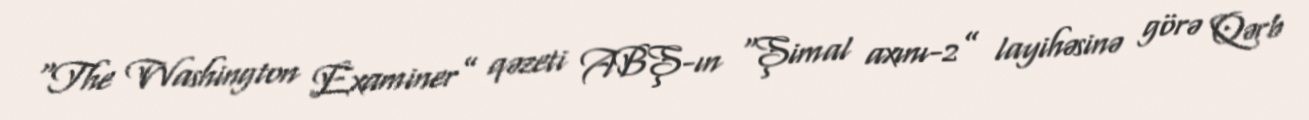
“The Washington Examiner” qəzeti ABŞ-ın “Şimal axını-2” layihəsinə görə Qərb